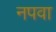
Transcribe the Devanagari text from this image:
नपवा